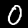
Digit: 0